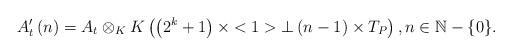
LaTeX: \begin{align*}A_{t}^{\prime }\left( n\right) =A_{t}\otimes _{K}K\left( \left(2^{k}+1\right) \times <1>\bot \left( n-1\right) \times T_{P}\right) ,n\in \mathbb{N}-\{0\}. \end{align*}